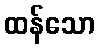
ထန်သော